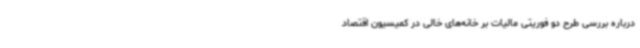
درباره بررسی طرح دو فوریتی مالیات بر خانه‌های خالی در کمیسیون اقتصاد